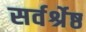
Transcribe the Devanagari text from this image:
सर्वर्श्रेष्ठ